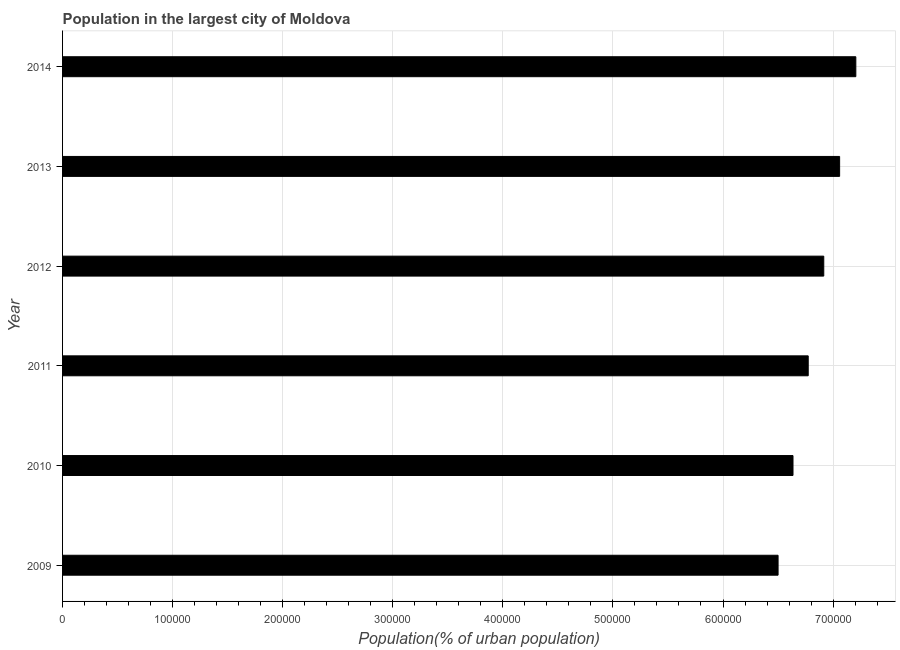
| Year | Population in largest city |
 | --- | --- |
 | 2009 | 6.5e+05 |
 | 2010 | 6.64e+05 |
 | 2011 | 6.77e+05 |
 | 2012 | 6.92e+05 |
 | 2013 | 7.06e+05 |
 | 2014 | 7.21e+05 |